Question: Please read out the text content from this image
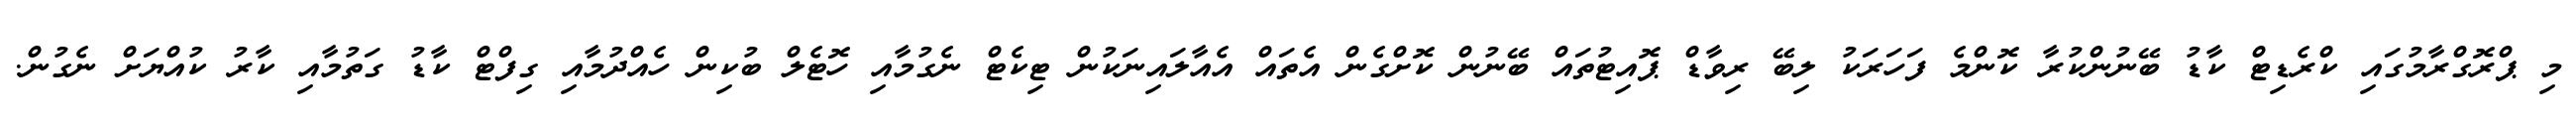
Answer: މި ޕްރޮގްރާމުގައި ކްރެޑިޓް ކާޑު ބޭނުންކުރާ ކޮންމެ ފަހަރަކު ލިބޭ ރިވާޑް ޕޮއިޓުތައް ބޭނުން ކޮށްގެން އެތައް އެއާލައިނަކުން ޓިކެޓް ނެގުމާއި ހޮޓެލް ބުކިން ހެއްދުމާއި ގިފްޓް ކާޑު ގަތުމާއި ކާރު ކުއްޔަށް ނެގުން.